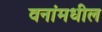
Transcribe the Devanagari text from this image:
वनांमधील